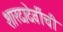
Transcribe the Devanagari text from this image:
शारदादेवींची